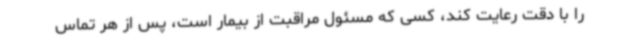
را با دقت رعایت کند، کسی که مسئول مراقبت از بیمار است، پس از هر تماس